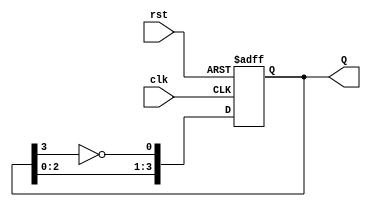
module modified_johnson_counter #(parameter N = 4) (
    input wire clk,
    input wire rst,
    output reg [N-1:0] Q
);

    always @(posedge clk or posedge rst) begin
        if (rst) begin
            Q <= 0; // Initialize the counter to 0 on reset
        end else begin
            Q <= {Q[N-2:0], ~Q[N-1]}; // Shift left and feedback the inverted last bit
        end
    end

endmodule